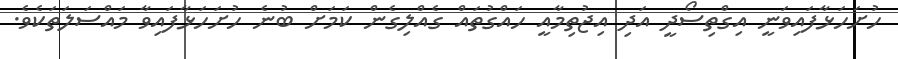
ހުށަހަޅާފައިވަނީ އިގްތިސޯދީ އަދި އިޖުތިމާއީ ހައްގުތައް ގެއްލިގެން ކަމަށް ބުނެ ހުށަހަޅާފައިވާ މައްސަލަތަކެވެ.